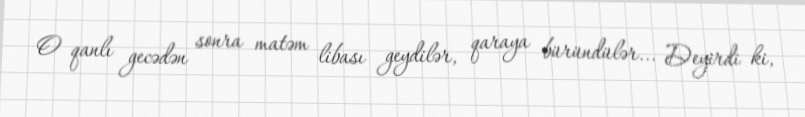
O qanlı gecədən sonra matəm libası geydilər, qaraya büründülər... Deyirdi ki,